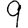
Digit: 9